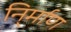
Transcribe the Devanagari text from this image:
नि्र्माण